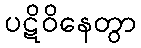
ပဋိဝိနေတွာ